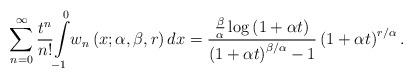
LaTeX: \begin{align*}\sum_{n=0}^{\infty}\frac{t^{n}}{n!}{\displaystyle\int\limits_{-1}^{0}}w_{n}\left( x;\alpha,\beta,r\right) dx=\frac{\frac{\beta}{\alpha}\log\left(1+\alpha t\right) }{\left( 1+\alpha t\right) ^{\beta/\alpha}-1}\left(1+\alpha t\right) ^{r/\alpha}. \end{align*}